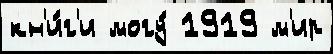
кн'и́г'и могу́ 1919 м'ир